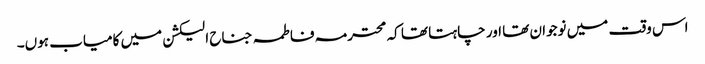
اس وقت میں نوجوان تھا اور چاہتا تھا کہ محترمہ فاطمہ جناح الیکشن میں کامیاب ہوں۔